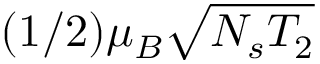
( 1 / 2 ) \mu _ { B } \sqrt { N _ { s } T _ { 2 } }